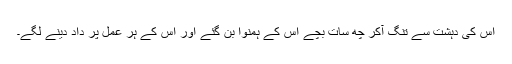
اس کی دہشت سے تنگ آکر چھ سات بچے اس کے ہمنوا بن گئے اور اس کے ہر عمل پر داد دینے لگے۔